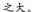
之大。